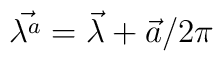
\vec{\lambda^a}= \vec{\lambda} + \vec{a}/ 2 \pi